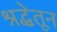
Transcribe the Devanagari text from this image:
श्रद्धेतून